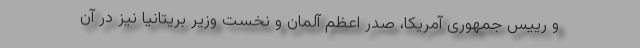
و رییس جمهوری آمریکا، صدر اعظم آلمان و نخست وزیر بریتانیا نیز در آن